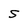
Character: S